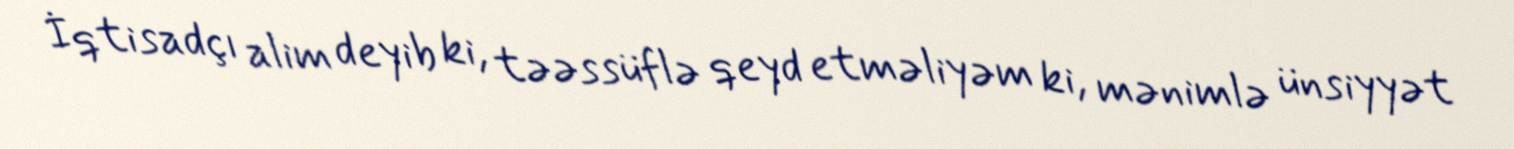
İqtisadçı alim deyib ki, təəssüflə qeyd etməliyəm ki, mənimlə ünsiyyət